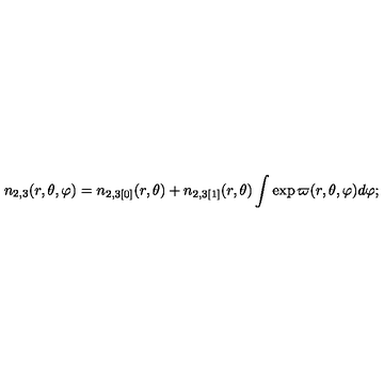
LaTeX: n _ { 2 , 3 } ( r , \theta , \varphi ) = n _ { 2 , 3 [ 0 ] } ( r , \theta ) + n _ { 2 , 3 [ 1 ] } ( r , \theta ) \int \exp \varpi ( r , \theta , \varphi ) d \varphi ;